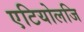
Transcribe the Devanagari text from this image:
एटियोलजि